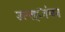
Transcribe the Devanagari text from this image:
उल्ल्ांघन